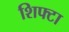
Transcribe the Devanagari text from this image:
शिफ्टा